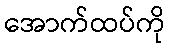
အောက်ထပ်ကို